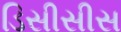
ડિસીસીસ